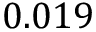
0 . 0 1 9